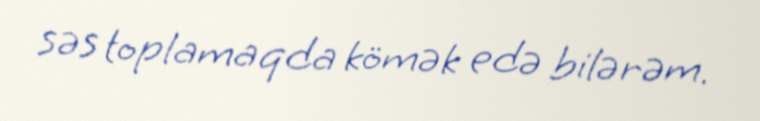
səs toplamaqda kömək edə bilərəm.